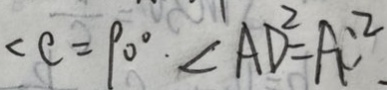
\angle C = 9 0 ^ { \circ } , \angle A D ^ { 2 } = A C ^ { 2 }